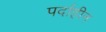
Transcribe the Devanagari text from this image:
पर्दाहीन